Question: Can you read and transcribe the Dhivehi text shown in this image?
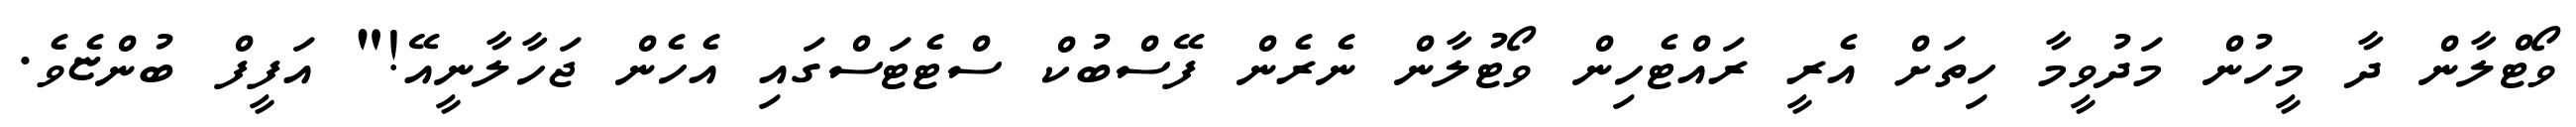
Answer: ވޯޓްލާން ދާ މީހުން މަދުވީމާ ހިތަށް އެރީ ރައްޓެހިން ވޯޓުލާން ނެރެން ފޭސްބުކް ސްޓެޓަސްގައި އެހެން ޖަހާލާނީއޭ!" އަފީފް ބުންޏެވެ.